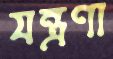
যন্ত্রণা